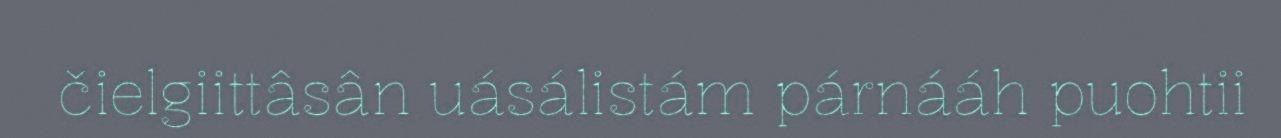
čielgiittâsân uásálistám párnááh puohtii